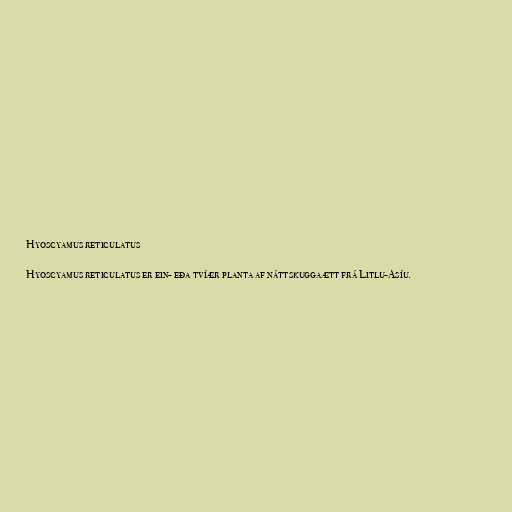
Hyoscyamus reticulatus

Hyoscyamus reticulatus er ein- eða tvíær planta af náttskuggaætt frá Litlu-Asíu.